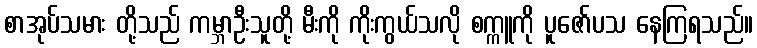
စာအုပ်သမား တို့သည် ကမ္ဘာဦးသူတို့ မီးကို ကိုးကွယ်သလို စက္ကူကို ပူဇော်ပသ နေကြရသည်။